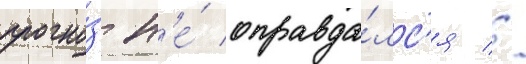
прогно́з н'е́ оправда́лс'я //